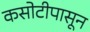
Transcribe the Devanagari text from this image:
कसोटीपासून